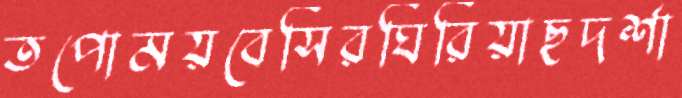
তপোময়বেসিরঘিরিয়াছদর্শা